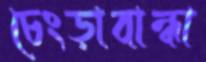
চেংড়াবান্ধা